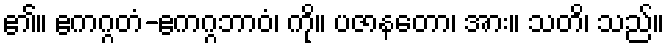
၏။ ဧကဂ္ဂတံ-ဧကဂ္ဂဘာဝံ၊ ကို။ ပဇာနတော၊ အား။ သတိ၊ သည်။